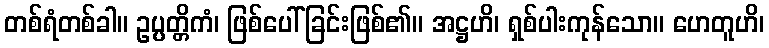
တစ်ရံတစ်ခါ။ ဥပ္ပတ္တိကံ၊ ဖြစ်ပေါ်ခြင်းဖြစ်၏။ အဋ္ဌဟိ၊ ရှစ်ပါးကုန်သော။ ဟေတူဟိ၊